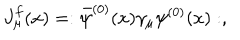
LaTeX: J _ { \mu } ^ { f } ( x ) = : { \bar { \psi } } ^ { ( 0 ) } ( x ) \gamma _ { \mu } \psi ^ { ( 0 ) } ( x ) : ,